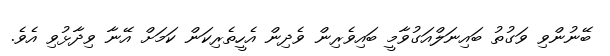
ބޭނުންވި ވަގުތު ބައިނަލްއަގުވާމީ ބައިވެރިން ވެދިން އެހީތެރިކަން ކަމަށް އޭނާ ވިދާޅުވި އެވެ.